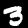
Label: 3